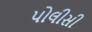
પોલીસી